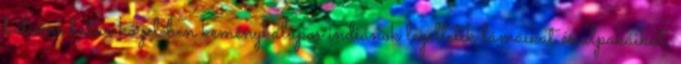
bolíviai határ közelében keménykalapos indiánok legeltetik lámáikat és alpakáikat,